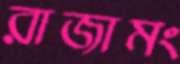
রাজামং